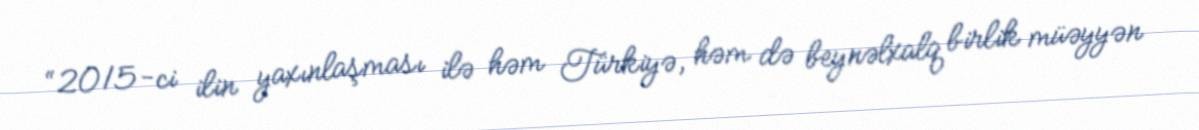
“2015-ci ilin yaxınlaşması ilə həm Türkiyə, həm də beynəlxalq birlik müəyyən